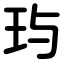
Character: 玙